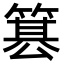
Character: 𥱕